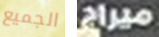
الجميع ميراج